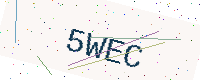
Text: 5WEC